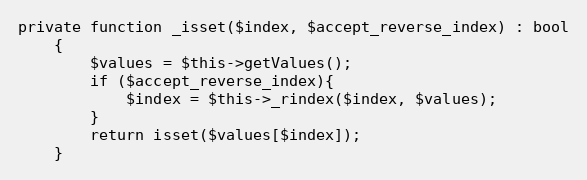
Language: PHP
private function _isset($index, $accept_reverse_index) : bool
    {
        $values = $this->getValues();
        if ($accept_reverse_index){
            $index = $this->_rindex($index, $values);
        }
        return isset($values[$index]);
    }